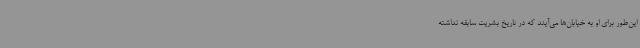
این‌طور برای او به خیابان‌ها می‌آیند که در تاریخ بشریت سابقه نداشته